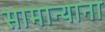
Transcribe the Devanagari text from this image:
सामान्याना